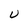
Character: U